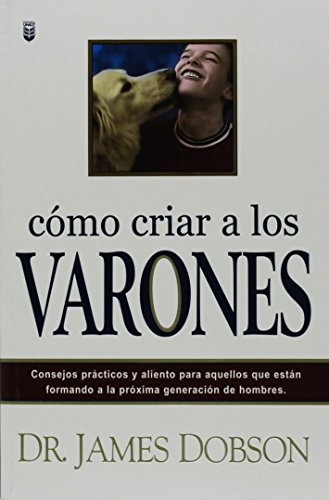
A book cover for Como Criar a los Varones (Spanish Edition); James C. Dobson; Parenting & Relationships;